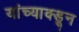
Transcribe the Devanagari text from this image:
यांच्याक्डून